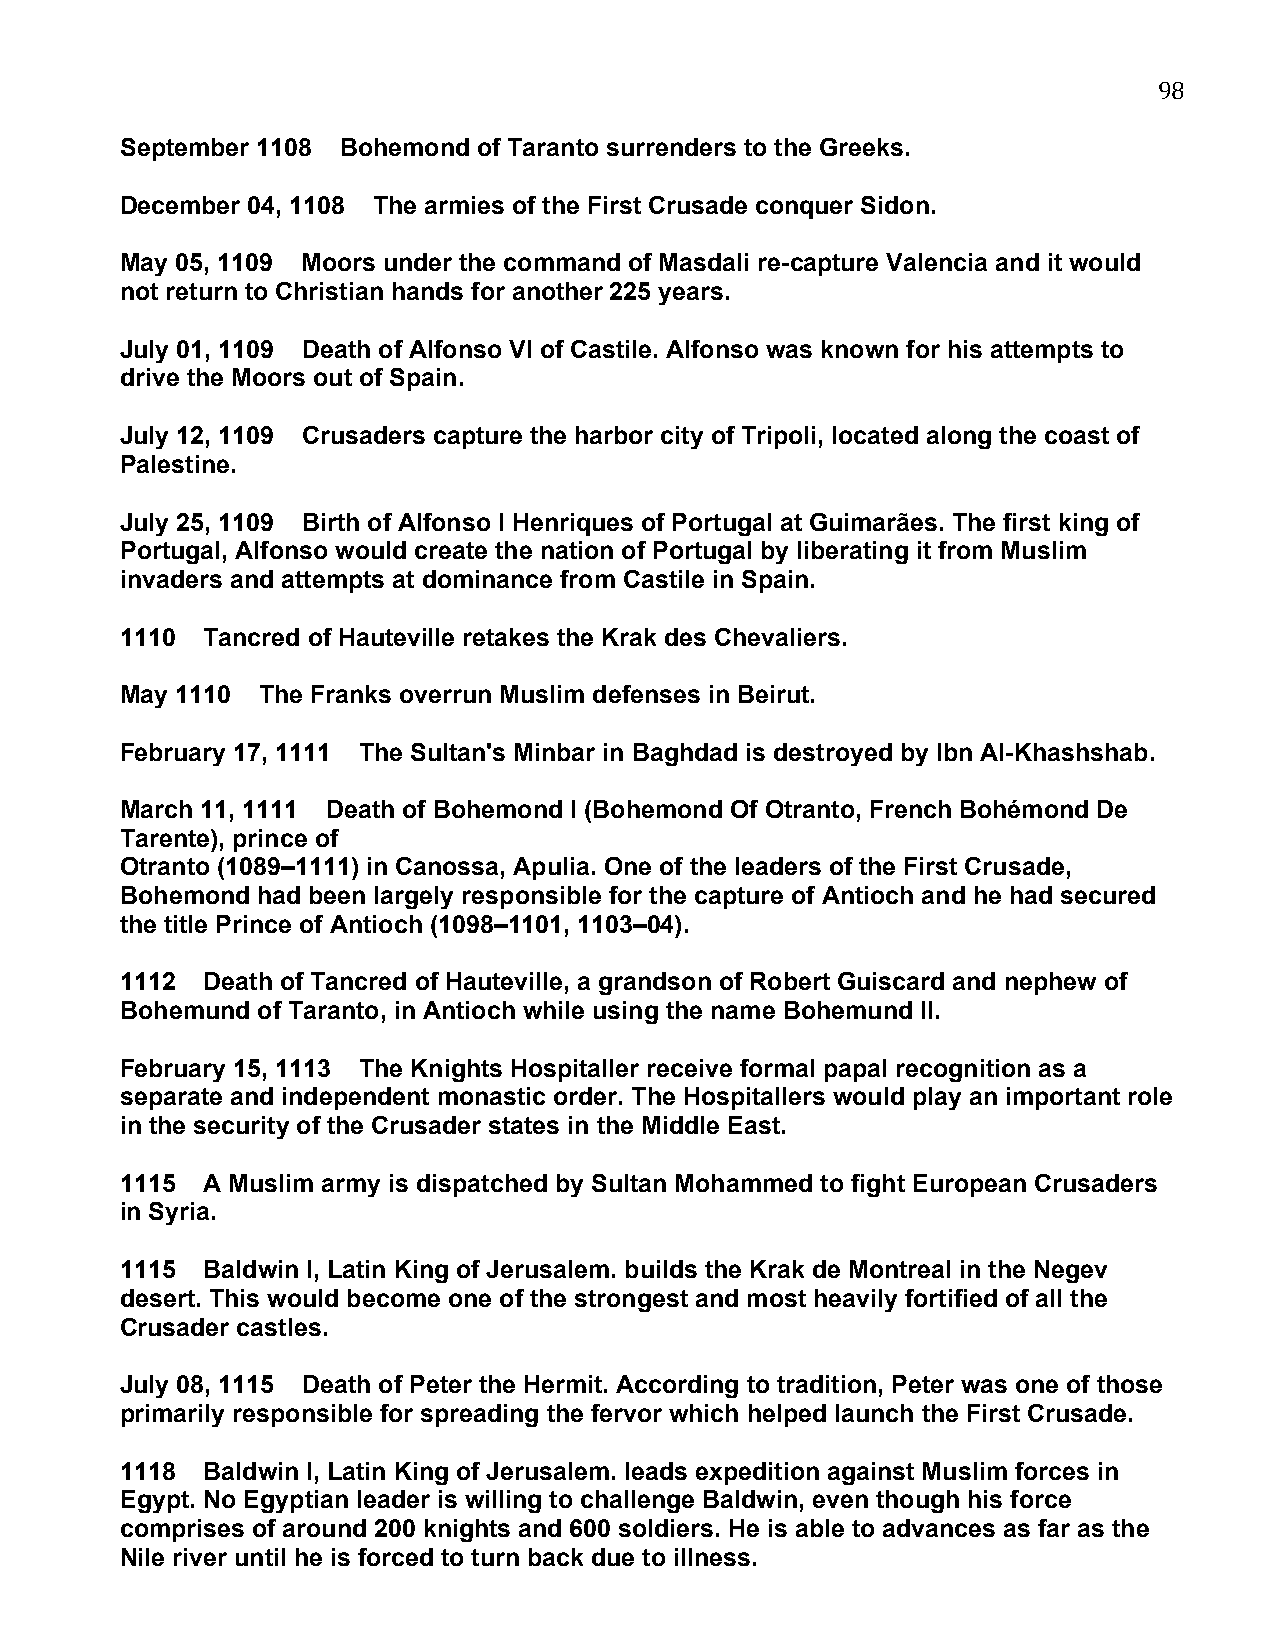
98
 September 1108 Bohemond of Taranto surrenders to the Greeks.
 December 04, 1108 The armies of the First Crusade conquer Sidon.
 May 05, 1109 Moors under the command of Masdali re-capture Valencia and it would
 not return to Christian hands for another 225 years.
 July 01, 1109 Death of Alfonso VI of Castile. Alfonso was known for his attempts to
 drive the Moors out of Spain.
 July 12, 1109 Crusaders capture the harbor city of Tripoli, located along the coast of
 Palestine.
 July 25, 1109 Birth of Alfonso I Henriques of Portugal at Guimarães. The first king of
 Portugal, Alfonso would create the nation of Portugal by liberating it from Muslim
 invaders and attempts at dominance from Castile in Spain.
 1110 Tancred of Hauteville retakes the Krak des Chevaliers.
 May 1110 The Franks overrun Muslim defenses in Beirut.
 February 17, 1111 The Sultan's Minbar in Baghdad is destroyed by Ibn Al-Khashshab.
 March 11, 1111 Death of Bohemond I (Bohemond Of Otranto, French Bohémond De
 Tarente), prince of
 Otranto (1089–1111) in Canossa, Apulia. One of the leaders of the First Crusade,
 Bohemond had been largely responsible for the capture of Antioch and he had secured
 the title Prince of Antioch (1098–1101, 1103–04).
 1112 Death of Tancred of Hauteville, a grandson of Robert Guiscard and nephew of
 Bohemund of Taranto, in Antioch while using the name Bohemund II.
 February 15, 1113 The Knights Hospitaller receive formal papal recognition as a
 separate and independent monastic order. The Hospitallers would play an important role
 in the security of the Crusader states in the Middle East.
 1115 A Muslim army is dispatched by Sultan Mohammed to fight European Crusaders
 in Syria.
 1115 Baldwin I, Latin King of Jerusalem. builds the Krak de Montreal in the Negev
 desert. This would become one of the strongest and most heavily fortified of all the
 Crusader castles.
 July 08, 1115 Death of Peter the Hermit. According to tradition, Peter was one of those
 primarily responsible for spreading the fervor which helped launch the First Crusade.
 1118 Baldwin I, Latin King of Jerusalem. leads expedition against Muslim forces in
 Egypt. No Egyptian leader is willing to challenge Baldwin, even though his force
 comprises of around 200 knights and 600 soldiers. He is able to advances as far as the
 Nile river until he is forced to turn back due to illness.